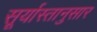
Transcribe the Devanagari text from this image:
सूर्यास्तानुसार